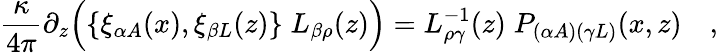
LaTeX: {\frac{\kappa}{4\pi}}\partial_{z}\Bigl(\{ \xi_{\alpha A}(x),\xi_{\beta L}(z)\} \; L_{\beta\rho}(z)\Bigr)=L_{\rho\gamma}^{-1}(z)\; P_{(\alpha A)(\gamma L)}(x,z)\quad,